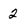
Character: 2